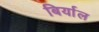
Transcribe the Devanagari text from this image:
बिर्याल